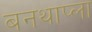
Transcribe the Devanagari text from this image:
बनथाप्ला